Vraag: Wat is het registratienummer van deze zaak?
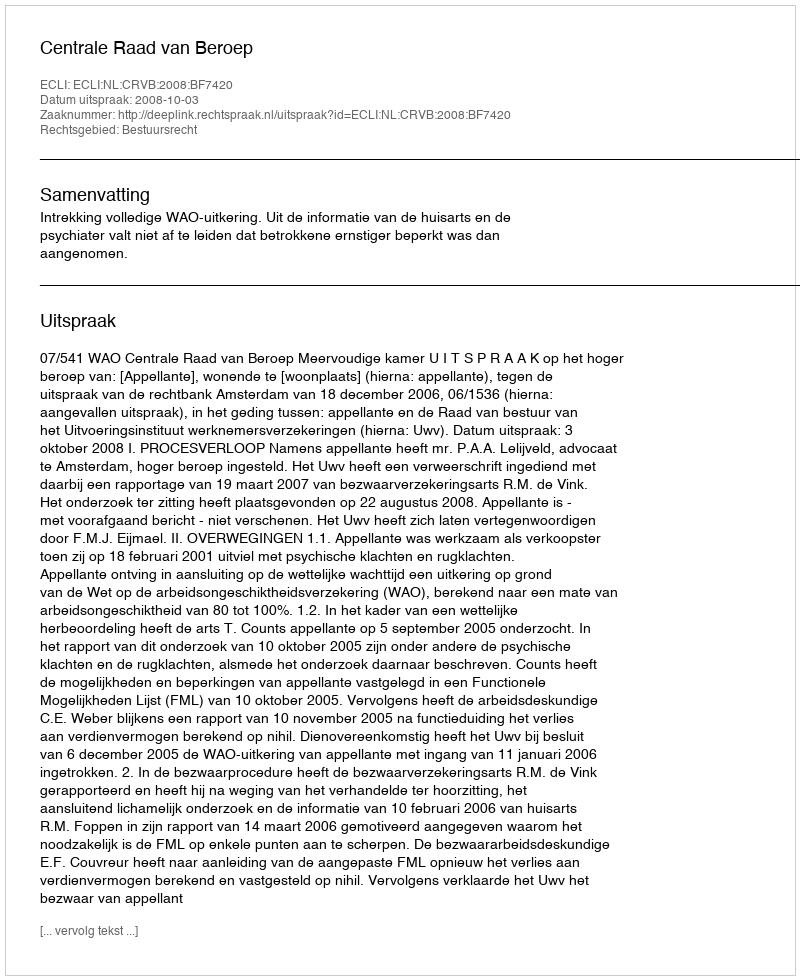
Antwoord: http://deeplink.rechtspraak.nl/uitspraak?id=ECLI:NL:CRVB:2008:BF7420